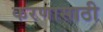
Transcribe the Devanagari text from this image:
करणासाठी